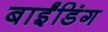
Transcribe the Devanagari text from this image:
बाईंडिंग